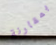
بمقارنة